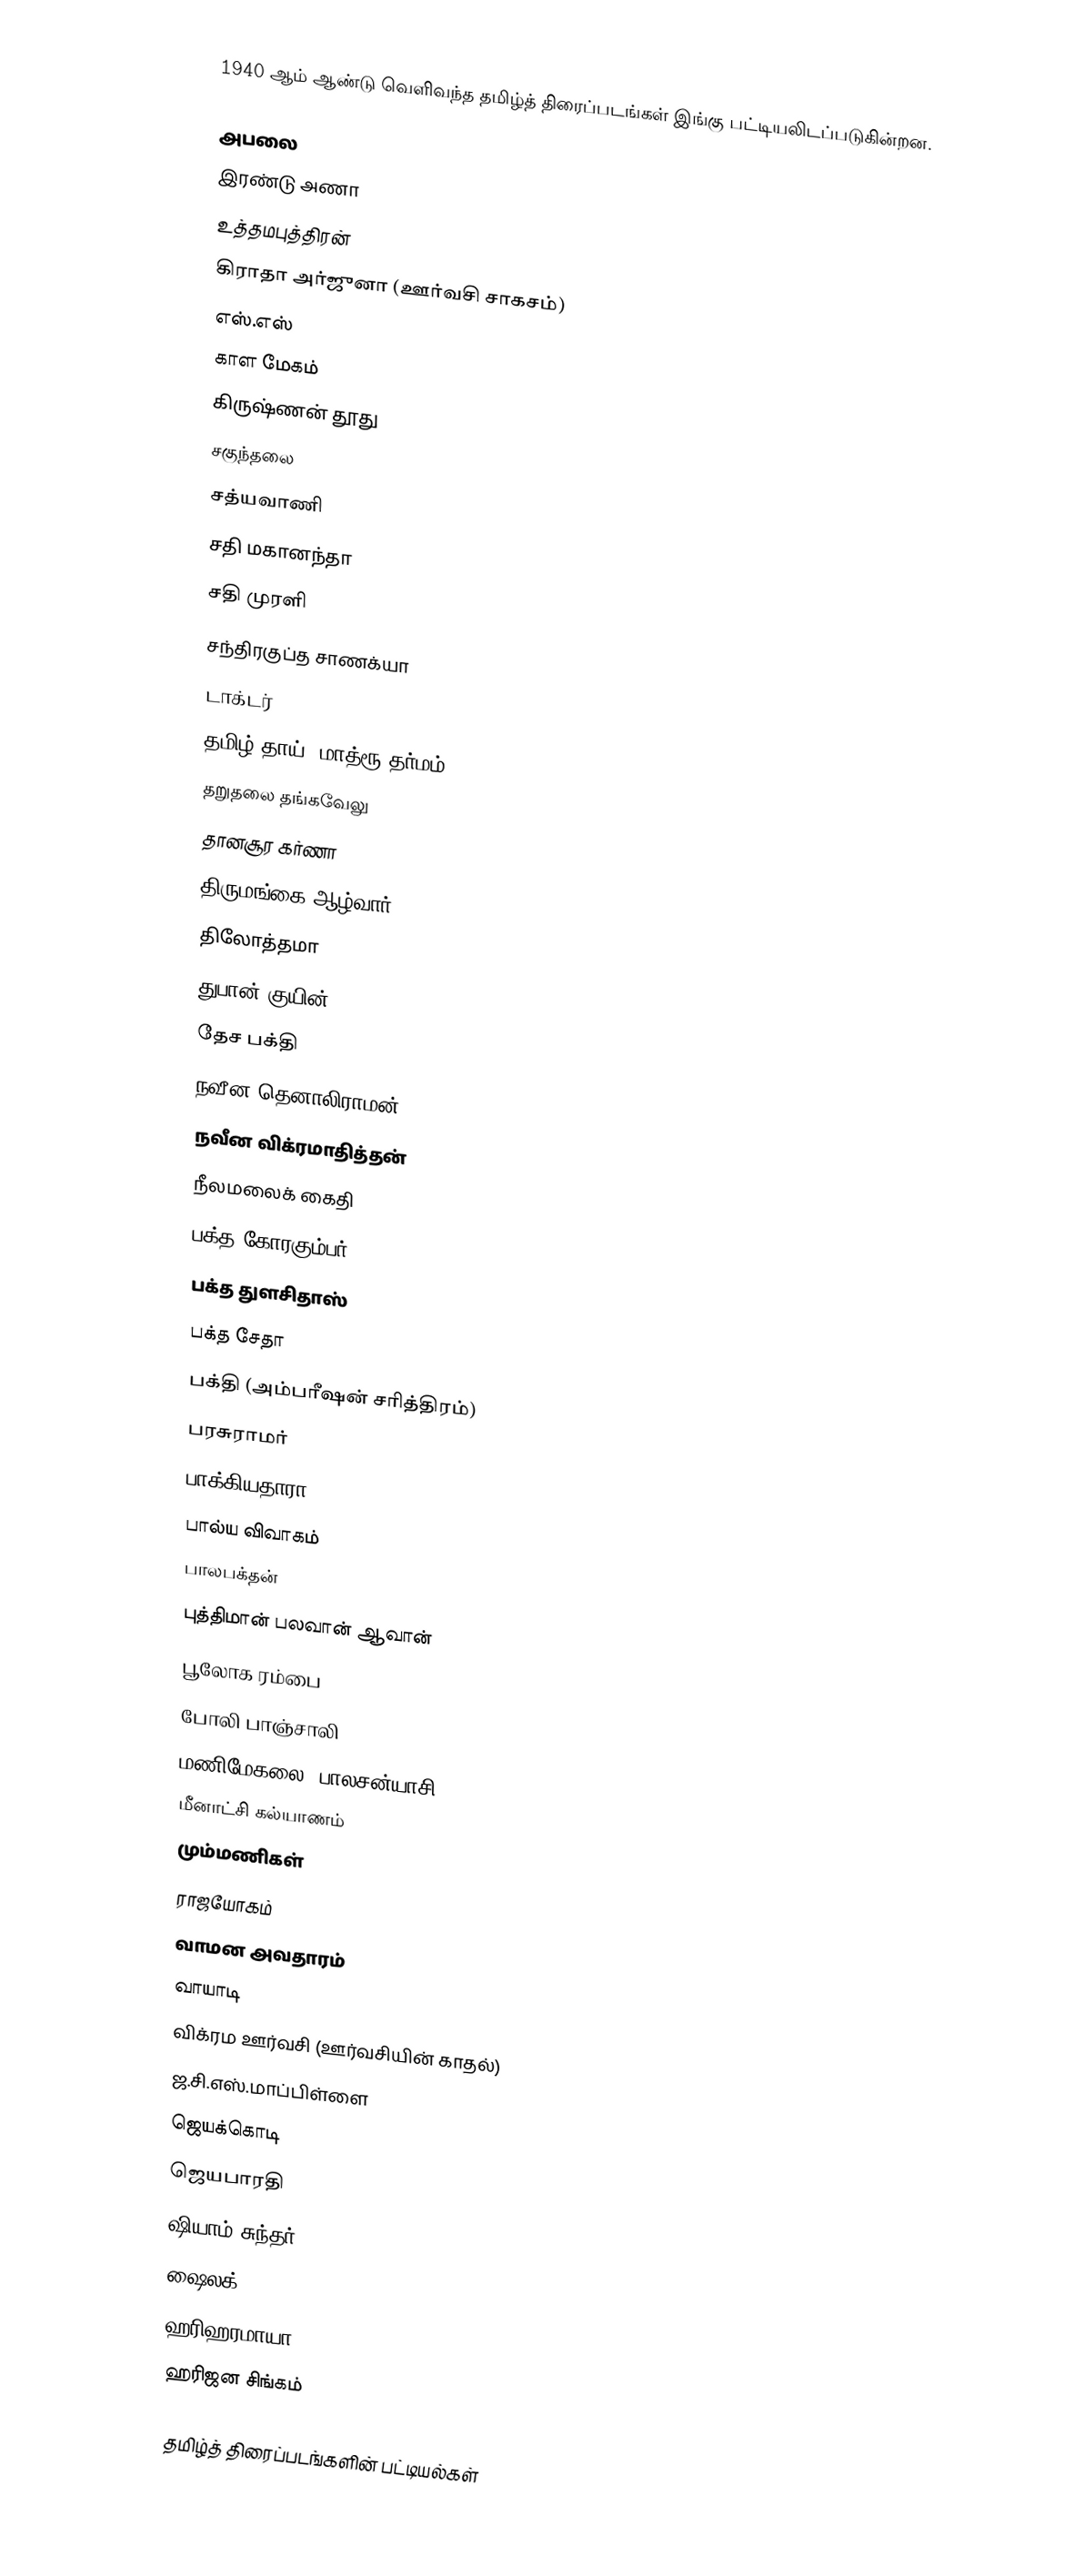
1940 ஆம் ஆண்டு வெளிவந்த தமிழ்த் திரைப்படங்கள் இங்கு பட்டியலிடப்படுகின்றன.

 அபலை
 இரண்டு அணா
 உத்தமபுத்திரன்
 கிராதா அர்ஜுனா (ஊர்வசி சாகசம்)
 எஸ்.எஸ்
 காள மேகம்
 கிருஷ்ணன் தூது
 சகுந்தலை
 சத்யவாணி
 சதி மகானந்தா
 சதி முரளி
 சந்திரகுப்த சாணக்யா
 டாக்டர்
 தமிழ் தாய் (மாத்ரூ தர்மம்)
 தறுதலை தங்கவேலு
 தானசூர கர்ணா
 திருமங்கை ஆழ்வார்
 திலோத்தமா
 துபான் குயின்
 தேச பக்தி
 நவீன தெனாலிராமன்
 நவீன விக்ரமாதித்தன்
 நீலமலைக் கைதி
 பக்த கோரகும்பர்
 பக்த துளசிதாஸ்
 பக்த சேதா
 பக்தி (அம்பரீஷன் சரித்திரம்)
 பரசுராமர்
 பாக்கியதாரா
 பால்ய விவாகம்
 பாலபக்தன்
 புத்திமான் பலவான் ஆவான்
 பூலோக ரம்பை
 போலி பாஞ்சாலி
 மணிமேகலை (பாலசன்யாசி)
 மீனாட்சி கல்யாணம்
 மும்மணிகள்
 ராஜயோகம்
 வாமன அவதாரம்
 வாயாடி
 விக்ரம ஊர்வசி (ஊர்வசியின் காதல்)
 ஜ.சி.எஸ்.மாப்பிள்ளை
 ஜெயக்கொடி
 ஜெயபாரதி
 ஷியாம் சுந்தர்
 ஷைலக்
 ஹரிஹரமாயா
ஹரிஜன சிங்கம்

தமிழ்த் திரைப்படங்களின் பட்டியல்கள்